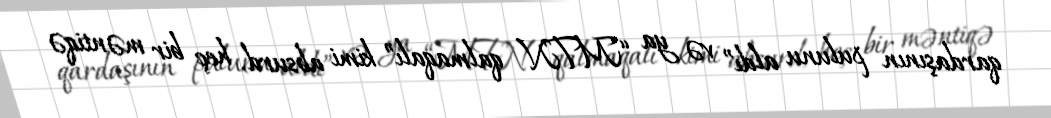
qardaşının pulunu aldı” və ya “MTN qalmaqalı” kimi absurd, heç bir məntiqə